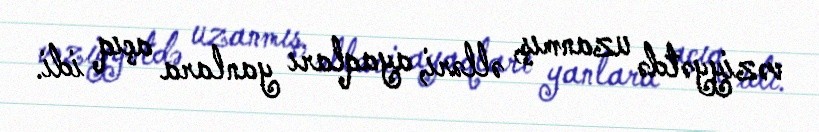
vəziyyətdə uzanmış, əlləri, ayaqları yanlara açıq idi.